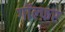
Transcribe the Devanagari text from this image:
गॉल्फ़र